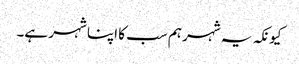
کیونکہ یہ شہر ہم سب کا اپنا شہر ہے۔